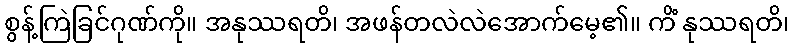
စွန့်ကြဲခြင်ဂုဏ်ကို။ အနုဿရတိ၊ အဖန်တလဲလဲအောက်မေ့၏။ ကိံ နုဿရတိ၊